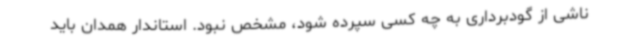
ناشی از گودبرداری به چه کسی سپرده شود، مشخص نبود. استاندار همدان باید